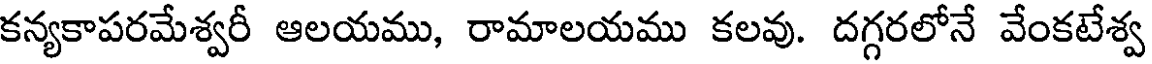
కన్యకాపరమేశ్వరీ ఆలయము, రామాలయము కలవు. దగ్గరలోనే వేంకటేశ్వ